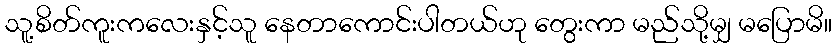
သူ့စိတ်ကူးကလေးနှင့်သူ နေတာကောင်းပါတယ်ဟု တွေးကာ မည်သို့မျှ မပြောမိ။